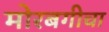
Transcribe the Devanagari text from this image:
मोरबगीचा